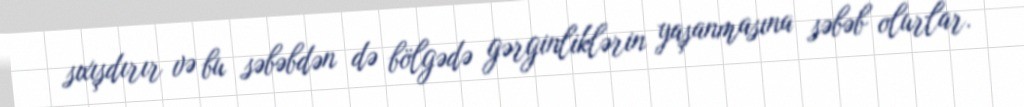
sıxışdırır və bu səbəbdən də bölgədə gərginliklərin yaşanmasına səbəb olurlar.